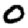
Digit: 0